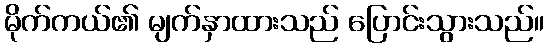
မိုက်ကယ်၏ မျက်နှာထားသည် ပြောင်းသွားသည်။